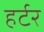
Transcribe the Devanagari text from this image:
हर्टर